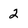
Character: 2